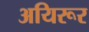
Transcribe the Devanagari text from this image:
अयिरूर